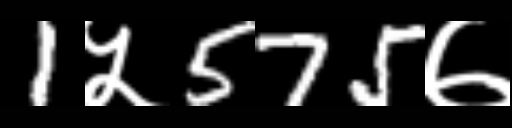
Text: 1५575७